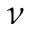
\nu